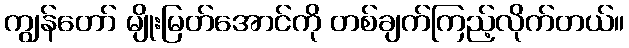
ကျွန်တော် မျိုးမြတ်အောင်ကို တစ်ချက်ကြည့်လိုက်တယ်။